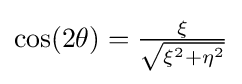
{\textstyle {\text{cos}}(2\theta )={\frac {\xi }{\sqrt {\xi ^{2}+\eta ^{2}}}}}